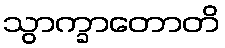
သွာက္ခာတောတိ